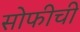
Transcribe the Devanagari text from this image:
सोफीची